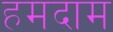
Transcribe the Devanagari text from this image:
हमदाम